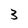
Character: 3